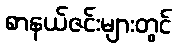
စာနယ်ဇင်းများတွင်